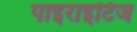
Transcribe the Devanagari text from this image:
पाइराइटिज